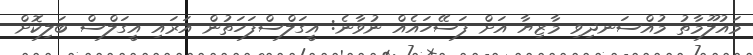
މައުލޫމާތު މުއްސަނދިވި މާޒިޔާ އަށް ފަސޭހައެއް ނުވާނެ: އީގަލްސްފަހަތުން އަރައި އީގަލްސް ބަލިކޮށް